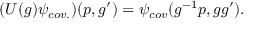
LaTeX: ( U ( g ) \psi _ { c o v . } ) ( p , g ^ { \prime } ) = \psi _ { c o v } ( g ^ { - 1 } p , g g ^ { \prime } ) .